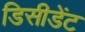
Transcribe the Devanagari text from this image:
डिसीडेंट